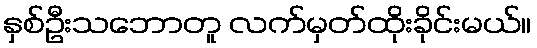
နှစ်ဦးသဘောတူ လက်မှတ်ထိုးခိုင်းမယ်။